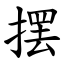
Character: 摆